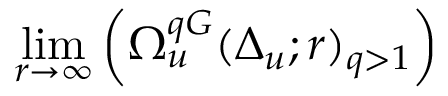
\operatorname* { l i m } _ { r \to \infty } \left( \Omega _ { u } ^ { q G } ( \Delta _ { u } ; r ) _ { q > 1 } \right)